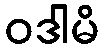
ဝဒါမိ